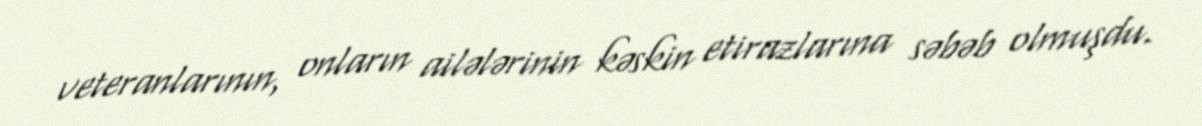
veteranlarının, onların ailələrinin kəskin etirazlarına səbəb olmuşdu.